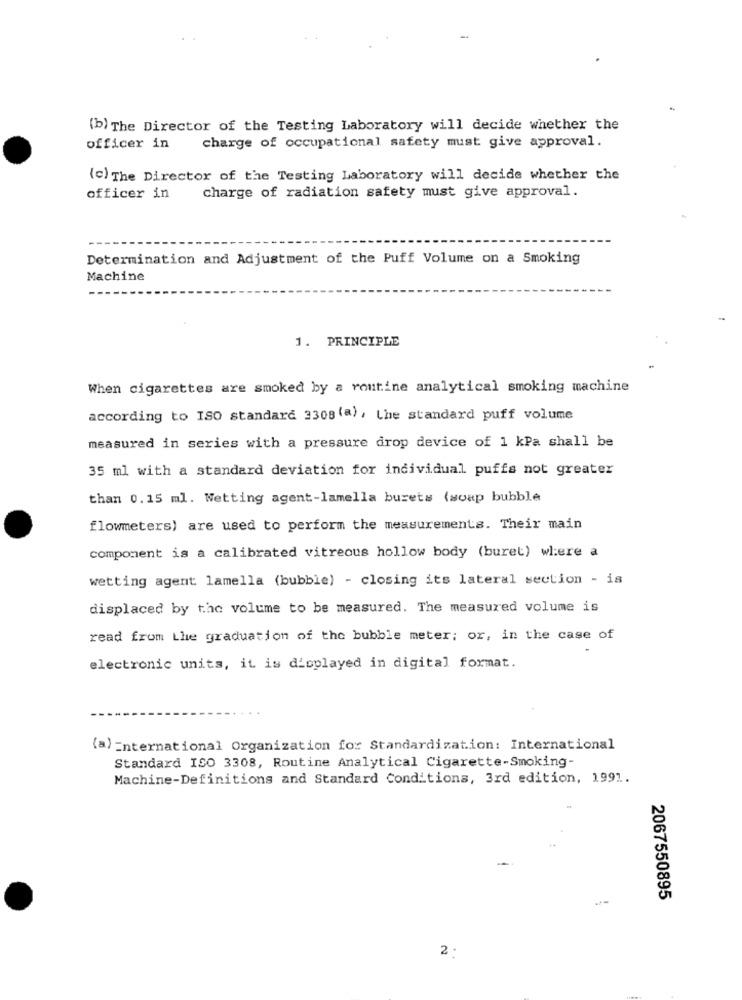
(b) The Director of the Testing Laboratory will decide whether the
officer in
charge of occupational safety must give approval.
(c) The Director of the Testing Laboratory will decide whether the
officer in
charge of radiation safety must give approval.
Determination and Adjustment of the Puff Volume on a Smoking
Machine
1. PRINCIPLE
When cigarettes are smoked by a routine analytical smoking machine
according to ISO standard 2308 (a) , the standard puff volume
measured in series with a pressure drop device of 1 kPa shall be
35 ml with a standard deviation for individual puffs not greater
than 0.15 ml. Wetting agent-lamella burets (soap bubble
flowmeters) are used to perform the measurements. Their main
component is a calibrated vitreous hollow body (buret) where a
wetting agent lamella (bubble) - closing its lateral section - is
displaced by the volume to be measured. The measured volume is
read from Lhe graduation of the bubble meter; or, in the case of
electronic units, it is displayed in digital format.
(a) Enternational Organization for Standardization: International
Standard ISO 3308, Routine Analytical Cigarette-Smoking-
Machine-Definitions and Standard Conditions, 3rd edition, 1991.
2067550895
2 :